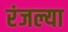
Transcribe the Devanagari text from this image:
रंजल्या